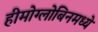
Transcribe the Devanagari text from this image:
हीमोग्लोबिनमध्ये